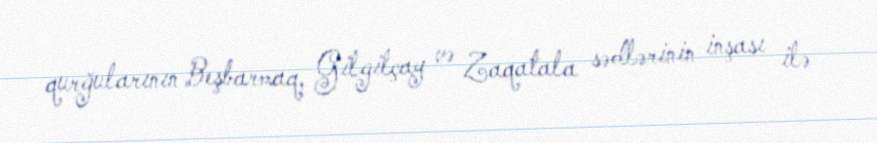
qurğularının Beşbarmaq, Gilgilçay və Zaqatala sədlərinin inşası ilə